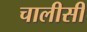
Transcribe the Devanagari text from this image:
चालीसी